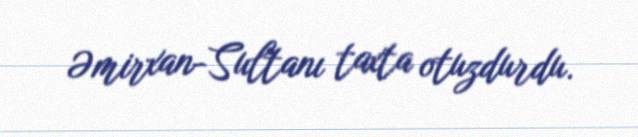
Əmirxan-Sultanı taxta otuzdurdu.